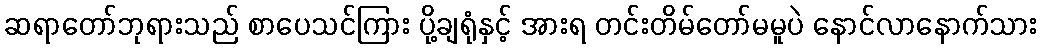
ဆရာတော်ဘုရားသည် စာပေသင်ကြား ပို့ချရုံနှင့် အားရ တင်းတိမ်တော်မမူပဲ နောင်လာနောက်သား